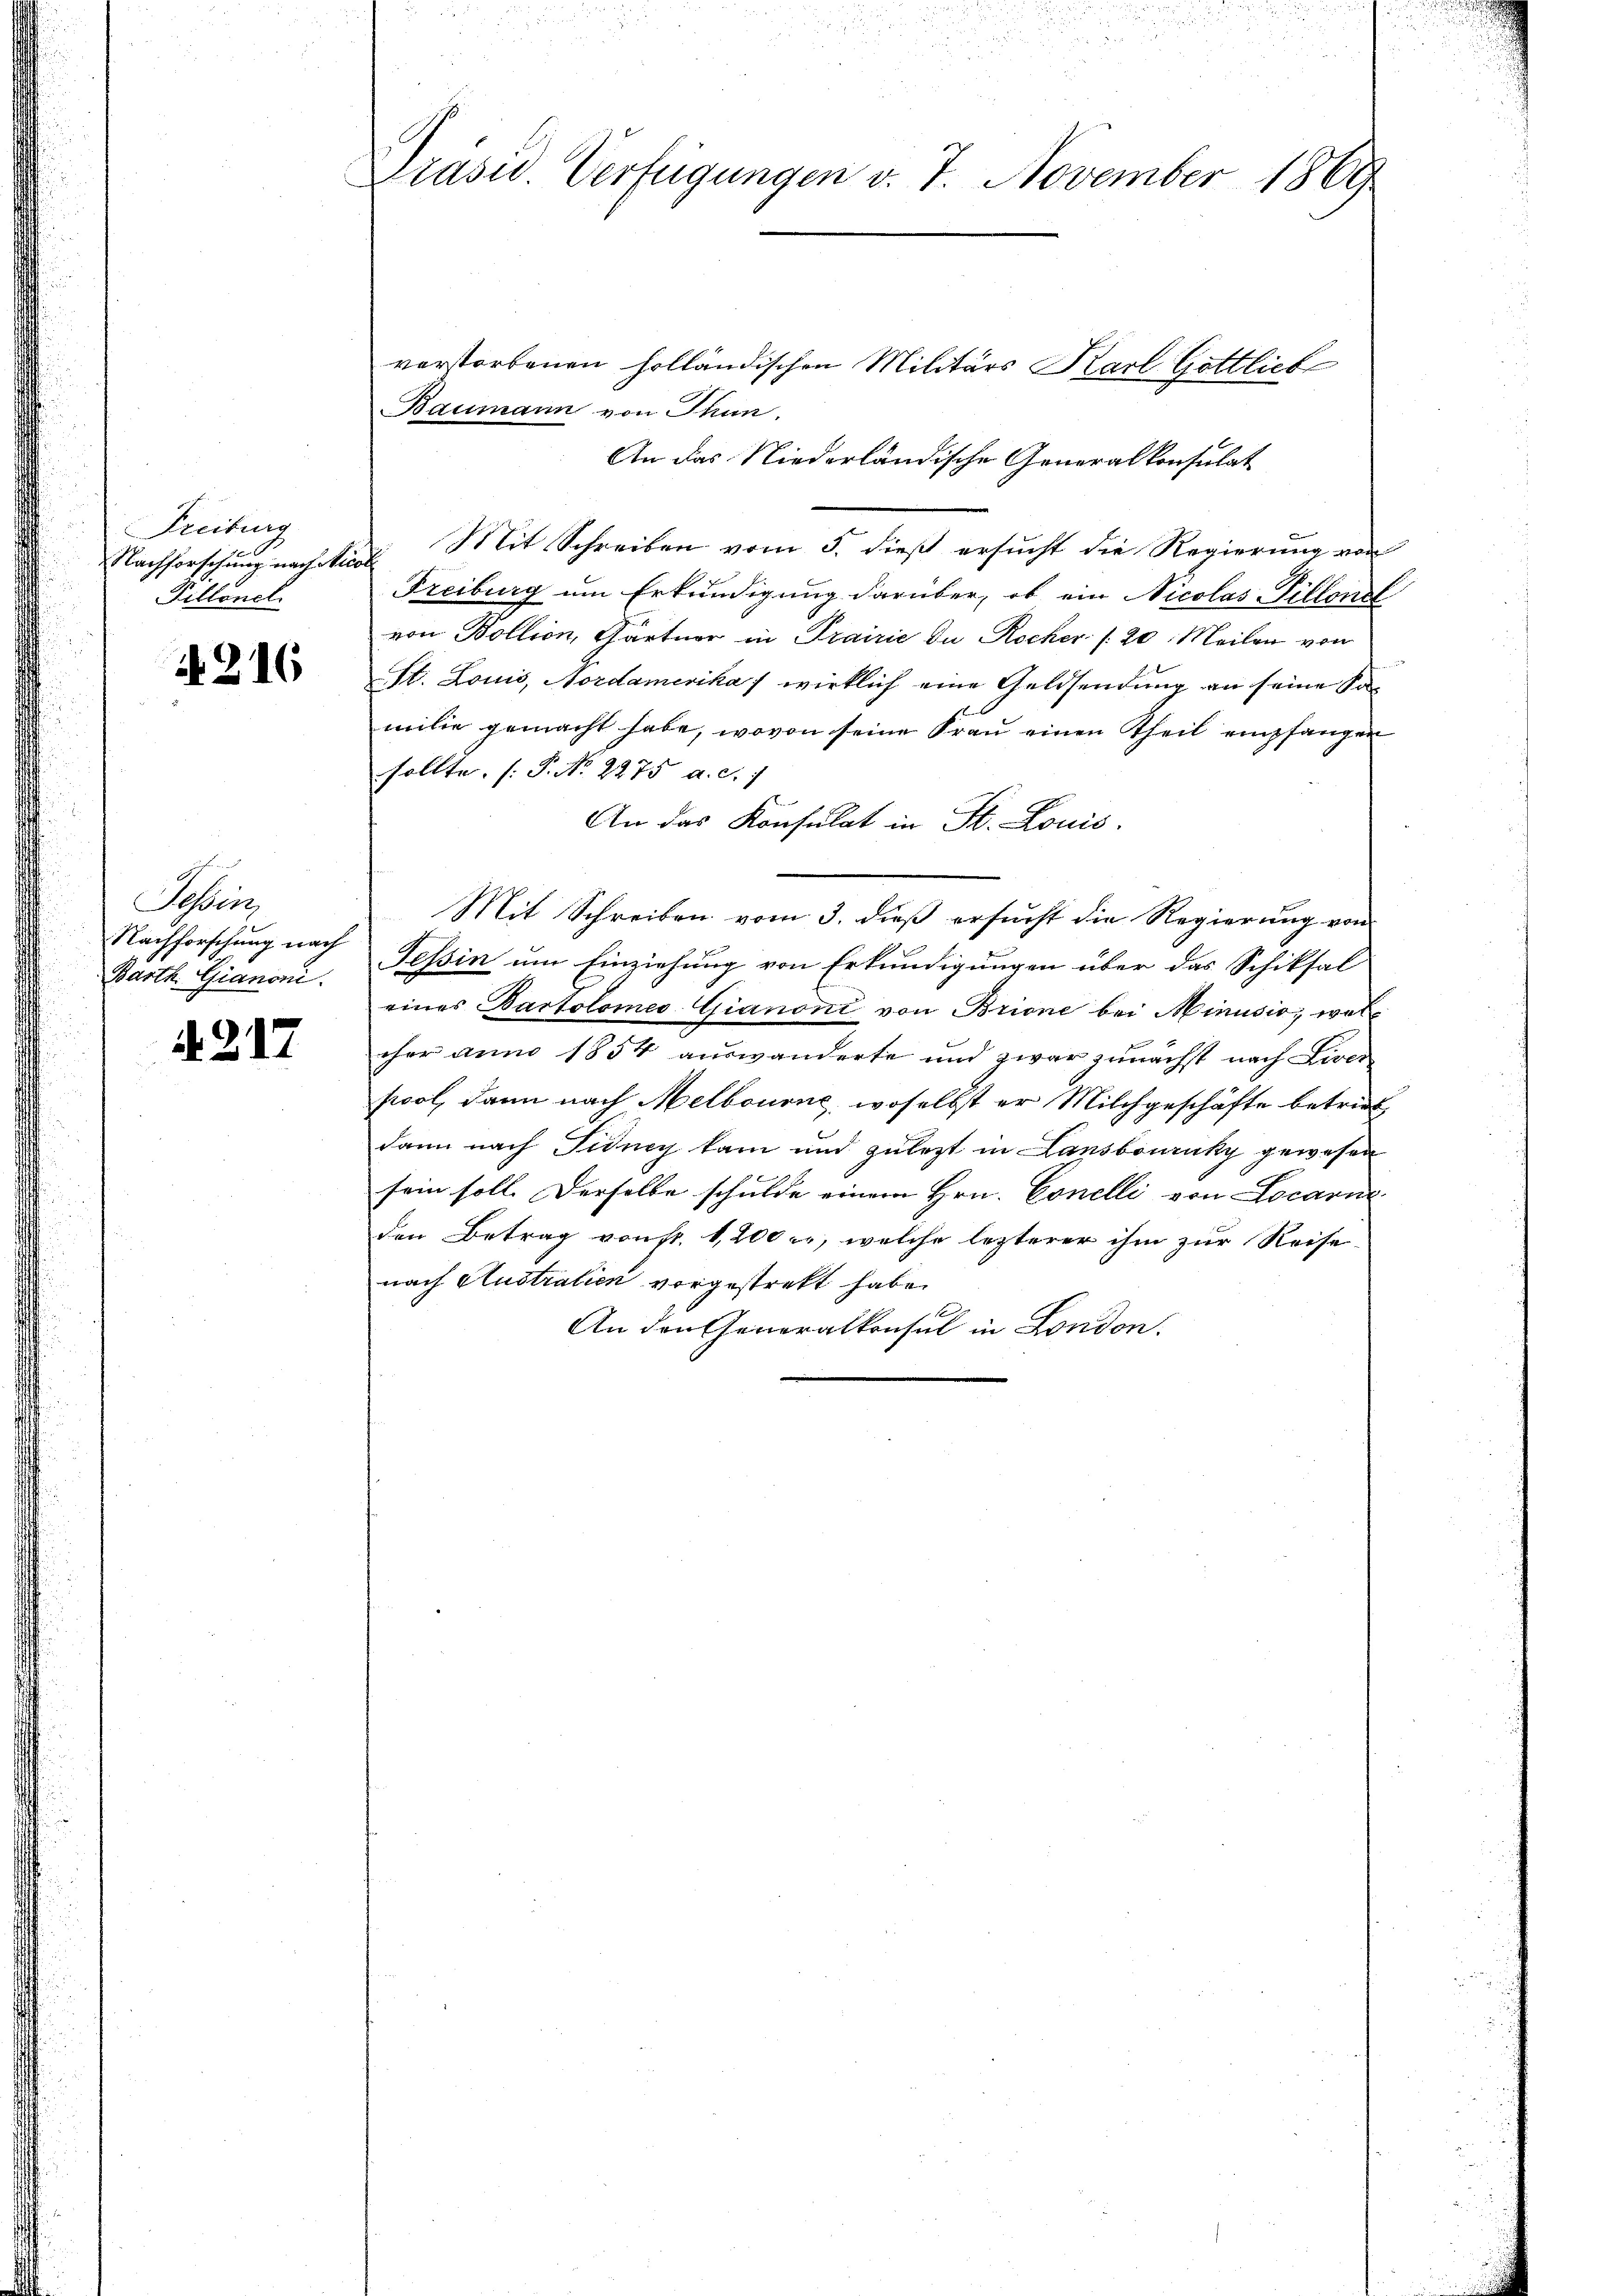
reitung
rsehung nach Nico
illonel

216

Saben
chforschung nach
th. Gianoni.

1217

Prasus Verfügungen v. 7. November 1869

vorstorbenen holländischen Militärs Karl Gottlich
Baumann von Thun.
An das Niederländische Generalkonsulat
 Mit Schreiben vom 5. dieß ersucht die Regierung von
Freiburg um Erkundigung darüber, ob ein Nicolas-Villonel
von Bollion, Gärtner in Prairie die Rocker (20. Meilen von
St. Louis, Nordamerika wirklich eine Geldsendung an seine Samilie gemacht habe, wovon seine Frau einen Theil empfangen
sollte. (T. No. 2275 a. c. 7
An das Konsulat in St. Louis.
Mit Schreiben vom 3. dieß ersucht die Regierung von
Tessin um Einziehung von Erkundigungen über das Schiksal
eines Bartolomeo-Gianoni von Brione bei Minusio, welcher anno 1854 auswanderte und zwar zunächst nach Liver
pool, dann nach Melbourne, woselbst er Milchgeschäfte betrieb
dann nach Fidney kam und zuletzt in Lansbouruky gewesen
sein soll. Derselbe schulde einem Hrn. Conelli von Locarie
den Betrag von fr. 1200 er, welche lezterer ihm zur Reise-
nach Austratien vorgestreckt habe.
An den Generalkonsul in London.